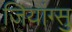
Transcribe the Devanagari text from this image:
जियांग्सु